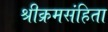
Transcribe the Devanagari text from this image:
श्रीक्रमसंहिता